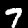
Label: 7